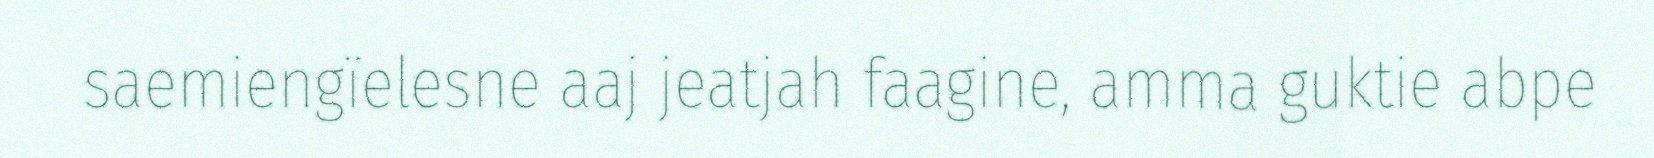
saemiengïelesne aaj jeatjah faagine, amma guktie abpe